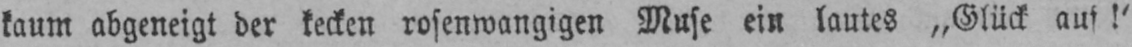
kaum abgeneigt der kecken rosenwangigen Muse ein lautes „Glück auf!’